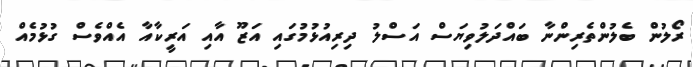
ރޯލުން ބެލުންތެރިންނާ ބައްދަލުވިޔަސް އަސްލު ދިރިއުޅުމުގައި އަޒޫ އާއި އަރީކާއާ އެއްވެސް ގުޅުމެއް